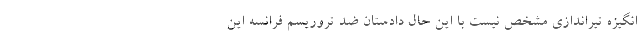
انگیزه تیراندازی مشخص نیست با این حال دادستان ضد تروریسم فرانسه این